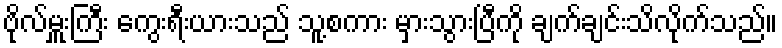
ဗိုလ်မှူးကြီး ကွေးရီးယားသည် သူ့စကား မှားသွားပြီကို ချက်ချင်းသိလိုက်သည်။